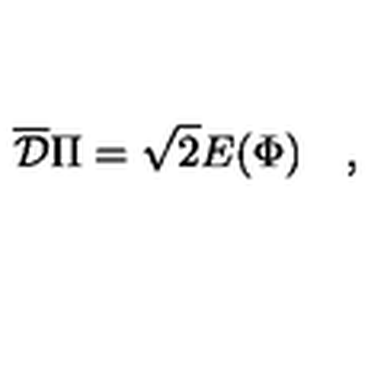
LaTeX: \overline { { \cal D } } \Pi = \sqrt 2 E ( \Phi ) \quad ,